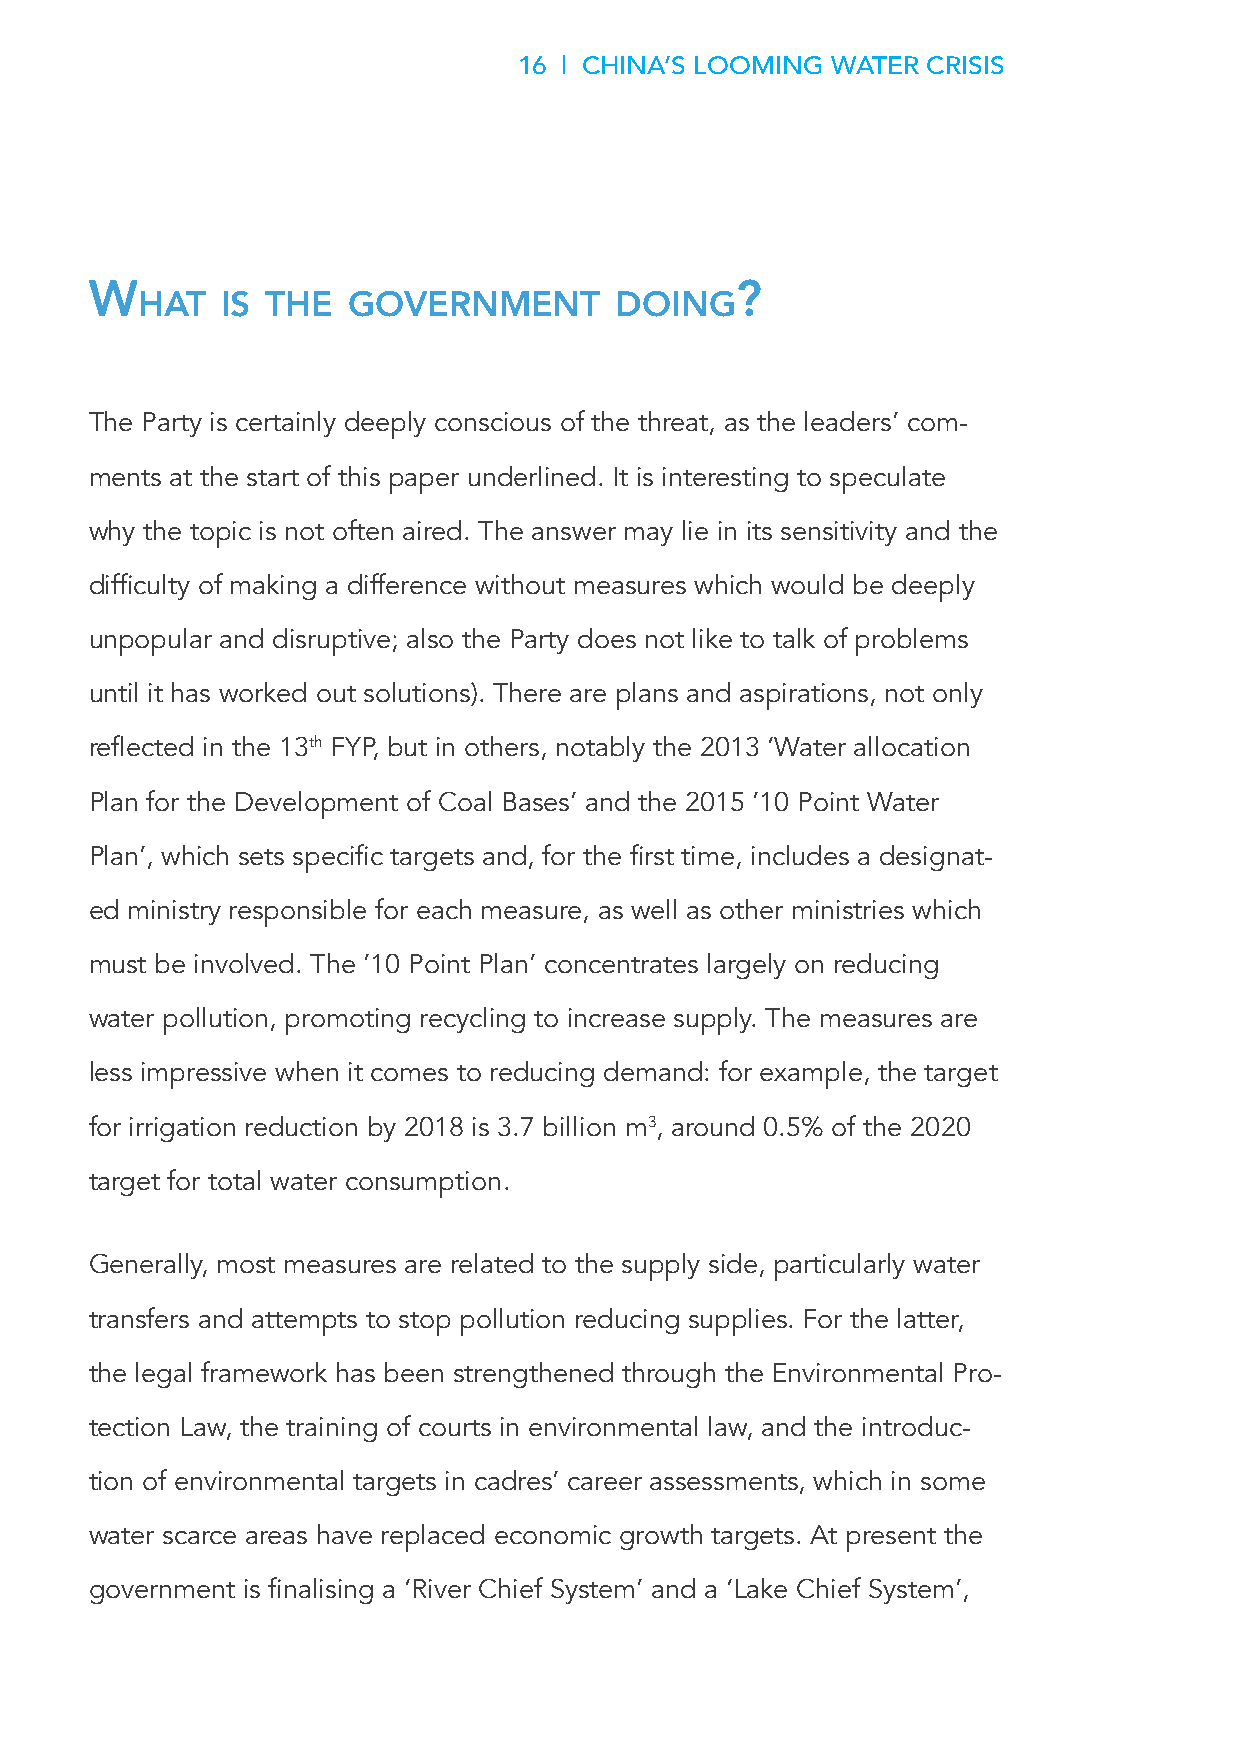
16 | CHINA’S LOOMING WATER CRISIS
 w                                          ?
 Hat   Is tHe  government        doIng
 The Party is certainly deeply conscious of the threat, as the leaders’ com-
 ments at the start of this paper underlined. It is interesting to speculate
 why the topic is not often aired. The answer may lie in its sensitivity and the
 difficulty of making a difference without measures which would be deeply
 unpopular and disruptive; also the Party does not like to talk of problems
 until it has worked out solutions). There are plans and aspirations, not only
 reflected in the 13th FYP, but in others, notably the 2013 ‘Water allocation
 Plan for the Development of Coal Bases’ and the 2015 ’10 Point Water
 Plan’, which sets specific targets and, for the first time, includes a designat-
 ed ministry responsible for each measure, as well as other ministries which
 must be involved. The ’10 Point Plan’ concentrates largely on reducing
 water pollution, promoting recycling to increase supply. The measures are
 less impressive when it comes to reducing demand: for example, the target
 for irrigation reduction by 2018 is 3.7 billion m3, around 0.5% of the 2020
 target for total water consumption.
 Generally, most measures are related to the supply side, particularly water
 transfers and attempts to stop pollution reducing supplies. For the latter,
 the legal framework has been strengthened through the Environmental Pro-
 tection Law, the training of courts in environmental law, and the introduc-
 tion of environmental targets in cadres’ career assessments, which in some
 water scarce areas have replaced economic growth targets. At present the
 government is finalising a ‘River Chief System’ and a ‘Lake Chief System’,